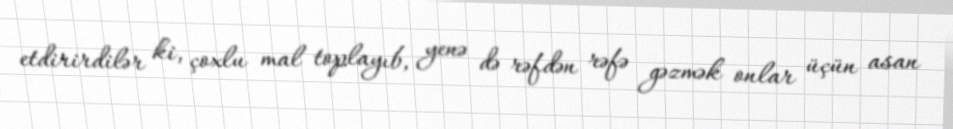
etdirirdilər ki, çoxlu mal toplayıb, yenə də rəfdən rəfə gəzmək onlar üçün asan